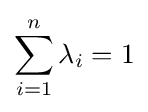
\sum _{i=1}^{n}\lambda _{i}=1